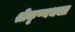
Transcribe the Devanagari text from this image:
श्रीकृष्णभक्त